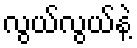
လွယ်လွယ်နဲ့